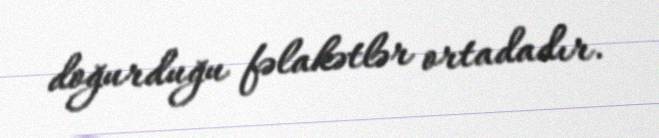
doğurduğu fəlakətlər ortadadır.